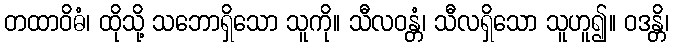
တထာဝိဓံ၊ ထိုသို့ သဘောရှိသော သူကို။ သီလဝန္တံ၊ သီလရှိသော သူဟူ၍။ ဝဒန္တိ၊